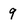
Character: q